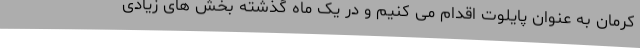
کرمان به عنوان پایلوت اقدام می کنیم و در یک ماه گذشته بخش های زیادی